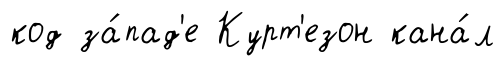
код за́пад'е Курт'езон кана́л